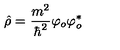
\hat { \rho } = \frac { m ^ { 2 } } { \hbar ^ { 2 } } \varphi _ { o } \varphi _ { o } ^ { * }